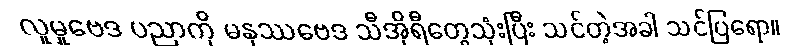
လူမှုဗေဒ ပညာကို မနုဿဗေဒ သီအိုရီတွေသုံးပြီး သင်တဲ့အခါ သင်ပြရော။